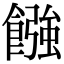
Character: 𩝽